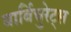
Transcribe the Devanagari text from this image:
बार्बिचुरेट्स